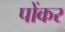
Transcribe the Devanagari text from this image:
पोंकर